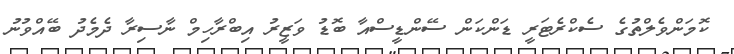
ކޮމަންވެލްތުގެ ސެކްރެޓަރީ ޑަންކަން ސޭންޑީސްއާ ބޮޑު ވަޒީރު އިބްރާހިމް ނާސިރާ ދެމެދު ބޭއްވުނު